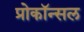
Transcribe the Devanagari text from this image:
प्रोकॉन्सल